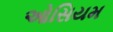
ઓસિયમ